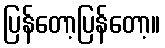
ပြန်တော့ပြန်တော့။